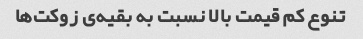
تنوع کم قیمت بالا نسبت به بقیه‌ی زوکت‌ها